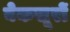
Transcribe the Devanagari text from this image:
बेकसूरों